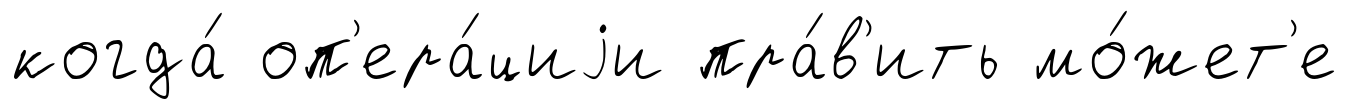
когда́ оп'ера́циjи пра́в'ить мо́жет'е